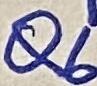
Text: Q6